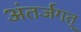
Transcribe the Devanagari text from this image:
अंतर्जगत्‌